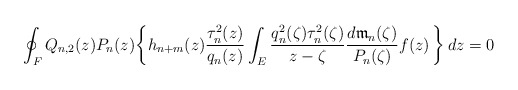
\begin{align*}\oint_{F}Q_{n,2}(z)P_n(z)\biggl\{h_{n+m}(z)\frac{\tau_n^2(z)}{q_{n}(z)}\int_E\frac{q_{n}^2(\zeta)\tau_n^2(\zeta)}{z-\zeta}\frac{d{\mathfrak m}_n(\zeta)}{P_n(\zeta)} f(z)\,\biggr\}\,dz=0\end{align*}